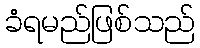
ခံရမည်ဖြစ်သည်